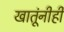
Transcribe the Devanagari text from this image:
खातूंनीही